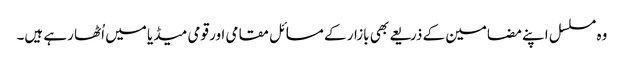
وہ مسلسل اپنے مضامین کے ذریعے بھی بازار کے مسائل مقامی اور قومی میڈیا میں اُٹھا رہے ہیں۔